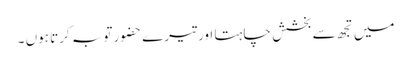
میں تجھ سے بخشش چاہتا اور تیرے حضور توبہ کرتا ہوں ۔